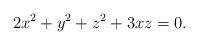
LaTeX: \begin{align*}2x^2+y^2+z^2+3xz=0.\end{align*}